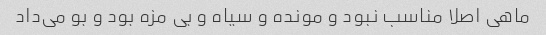
ماهی اصلا مناسب نبود و مونده و سیاه و بی مزه بود و بو می‌داد